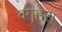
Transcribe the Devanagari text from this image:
वगहरा